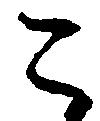
こ